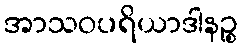
အာသဝပရိယာဒါနဉ္စ